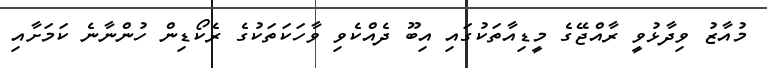
މުއާޒު ވިދާޅުވީ ރާއްޖޭގެ މީޑިއާތަކުގައި އިބޫ ދެއްކެވި ވާހަކަތަކުގެ ރެކޯޑިން ހުންނާނެ ކަމަށާއި